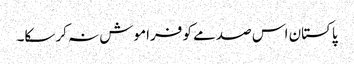
پاکستان اس صدمے کو فراموش نہ کرسکا۔